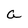
Character: a